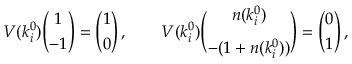
V ( k _ { i } ^ { 0 } ) { \binom { 1 } { - 1 } } = { \binom { 1 } { 0 } } \, , \qquad V ( k _ { i } ^ { 0 } ) { \binom { n ( k _ { i } ^ { 0 } ) } { - ( 1 + n ( k _ { i } ^ { 0 } ) ) } } = { \binom { 0 } { 1 } } \, ,